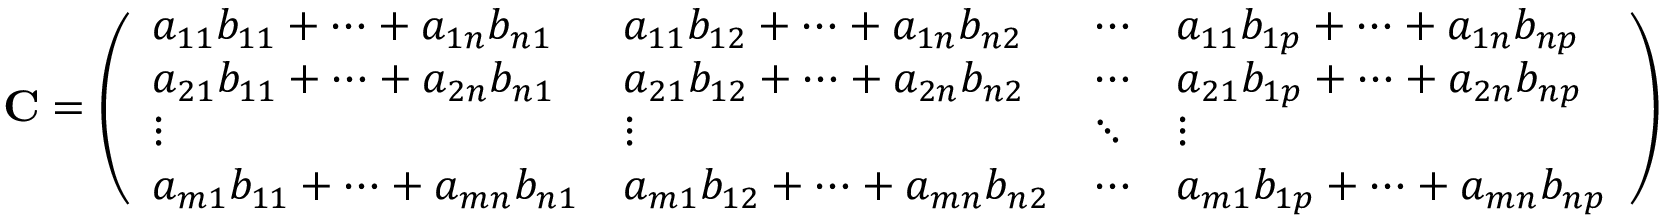
\mathbf { C } = { \left( \begin{array} { l l l l } { a _ { 1 1 } b _ { 1 1 } + \cdots + a _ { 1 n } b _ { n 1 } } & { a _ { 1 1 } b _ { 1 2 } + \cdots + a _ { 1 n } b _ { n 2 } } & { \cdots } & { a _ { 1 1 } b _ { 1 p } + \cdots + a _ { 1 n } b _ { n p } } \\ { a _ { 2 1 } b _ { 1 1 } + \cdots + a _ { 2 n } b _ { n 1 } } & { a _ { 2 1 } b _ { 1 2 } + \cdots + a _ { 2 n } b _ { n 2 } } & { \cdots } & { a _ { 2 1 } b _ { 1 p } + \cdots + a _ { 2 n } b _ { n p } } \\ { \vdots } & { \vdots } & { \ddots } & { \vdots } \\ { a _ { m 1 } b _ { 1 1 } + \cdots + a _ { m n } b _ { n 1 } } & { a _ { m 1 } b _ { 1 2 } + \cdots + a _ { m n } b _ { n 2 } } & { \cdots } & { a _ { m 1 } b _ { 1 p } + \cdots + a _ { m n } b _ { n p } } \end{array} \right) }